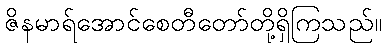
ဇိနမာရ်အောင်စေတီတော်တို့ရှိကြသည်။